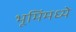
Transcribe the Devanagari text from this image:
भूमिंमध्ये